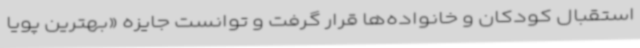
استقبال کودکان و خانواده‌ها قرار گرفت و توانست جایزه «بهترین پویا